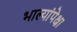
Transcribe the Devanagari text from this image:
भाल्यांपेक्षा